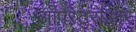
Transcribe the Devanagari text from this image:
ऑपरेटरोंऔर